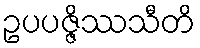
ဥပပဇ္ဇိဿသီတိ